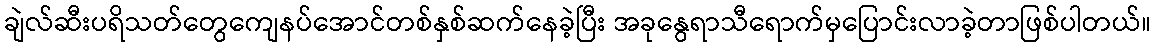
ချဲလ်ဆီးပရိသတ်တွေကျေနပ်အောင်တစ်နှစ်ဆက်နေခဲ့ပြီး အခုနွေရာသီရောက်မှပြောင်းလာခဲ့တာဖြစ်ပါတယ်။